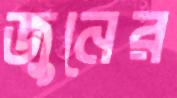
জুনের